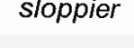
sloppier